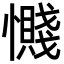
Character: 𫻔